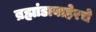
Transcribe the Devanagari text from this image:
ब्रह्मांडाबाहेरचे